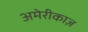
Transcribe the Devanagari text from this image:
अमेरीकाज़